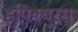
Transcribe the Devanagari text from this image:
इपिक्युरस